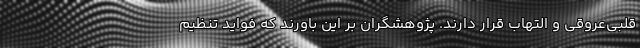
قلبی‌عروقی و التهاب قرار دارند. پژوهشگران بر این باورند که فواید تنظیم